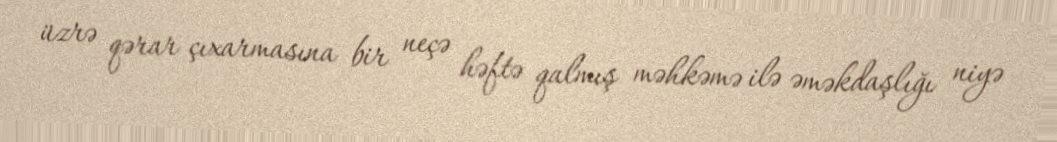
üzrə qərar çıxarmasına bir neçə həftə qalmış məhkəmə ilə əməkdaşlığı niyə